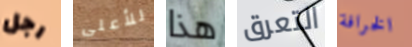
رجل للأعلى هذا التعرق الخرافة